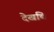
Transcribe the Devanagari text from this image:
देखचि